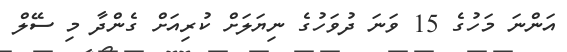
އަންނަ މަހުގެ 15 ވަނަ ދުވަހުގެ ނިޔަލަށް ކުރިއަށް ގެންދާ މި ސޭލް